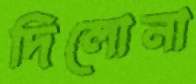
দিলোনা